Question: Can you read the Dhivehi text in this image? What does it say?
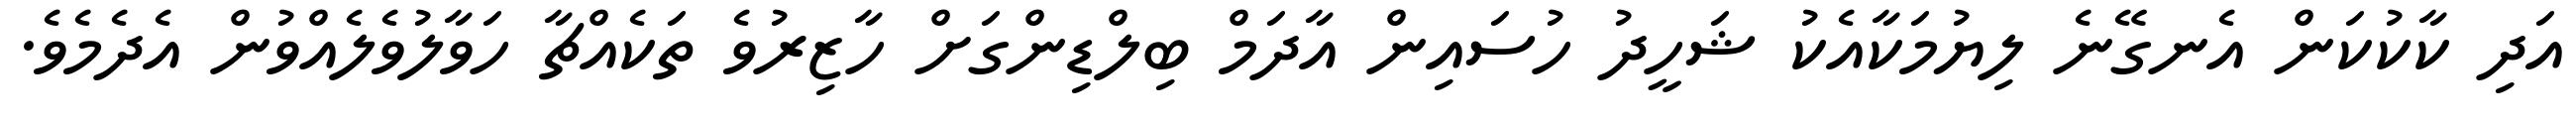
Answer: އަދި ކާކުކަން އެނގޭނެ ލިޔުމަކާއެކު ޝަހީދު ހުސައިން އާދަމް ބިލްޑިންގަށް ހާޒިރުވެ ތަކެއްޗާ ހަވާލުވެލެއްވުން އެދެމެވެ.